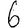
Digit: 6